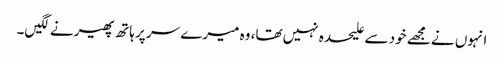
انہوں نے مجھے خود سے علیحدہ نہیں تھا، وہ میرے سر پر ہاتھ پھیرنے لگیں۔